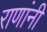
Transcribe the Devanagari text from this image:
राणांनी